Calcutta medical institutions reports 1892-1900
Year: 1892
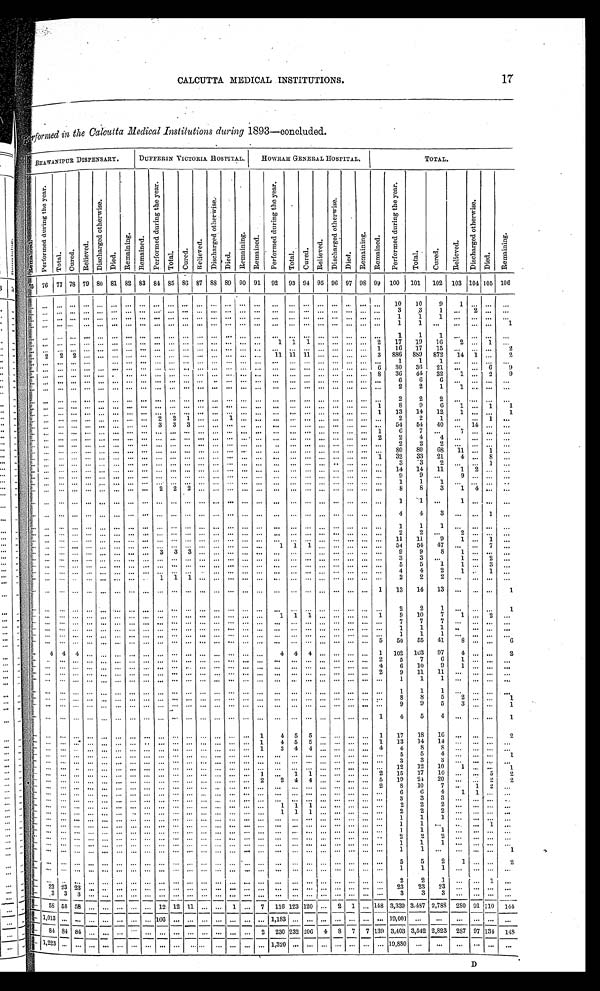
17
CALCUTTA MEDICAL INSTITUTIONS.
Performed in the Calcutta Medical Institutions during 1893—concluded.
BHAWANIPUR DISPENSARY.
DUFFERIN VICTORIA HOSPITAL.
HOWRAH GENERAL HOSPITAL.
TOTAL.
R e m a i n e d .
P e r f o r m e d d u r i n g t h e y e a r .
T o t a l . C u r e d .
R e l i e v e d .
D i s c h a r g e d o t h e r w i s e .
D i e d .
R e m a i n i n g .
R e m a i n e d .
P e r f o r m e d d u r i n g t h e y e a r .
T o t a l .
C u r e d .
R e l i e v e d .
D i s c h a r g e d o t h e r w i s e .
D i e d .
R e m a i n i n g .
R e m a i n e d .
P e r f o r m e d d u r i n g t h e y e a r .
T o t a l .
C u r e d .
Rel i eved.
Di schar ged ot her wi se.
D i e d .
Remai ni ng.
R e ma i n e d .
P e r f o r m e d d u r i n g t h e y e a r .
T o t a l .
C u r e d .
R e l i e v e d .
D i s c h a r g e d o t h e r w i s e .
D i e d .
R e m a i n i n g .
7 5 76 77 78 79 80 81 82 83 84 85 86 87 88 89 90 91
92
93 94 95 96 97 98 99 100
101
102 103 104 105 106
. . .
. . . . . .
. . .
. . .
. . . . . .
. . . . . .
. . .
. . . . . .
. . .
. . . . . . ... ...
. . .
. . . ... ... ...
. . .
... ...
10
10
9
1 ...
. . .
...
. . .
. . . . . .
. . .
. . .
. . . . . .
. . . . . .
. . . ... ...
. . .
. . . . . . ...
. . .
. . .
. . . ... ... ...
. . . ... ...
3
3
1
. . . 2
. . .
...
. . .
. . . . . .
. . .
. . .
. . . . . .
. . . . . .
. . . . . .
. . .
. . .
. . . . . .
. . .
. . .
. . .
. . . ... ... ...
. . .
... ...
1
1
1
. . .
...
. . .
...
. . .
. . . . . .
. . .
. . .
. . . . . .
. . . . . .
. . . . . .
. . .
. . .
. . . . . .
. . .
. . .
. . .
. . . ... ... ...
. . .
... ...
1
1
. . .
. . .
...
. . .
1
. . .
. . . . . .
. . .
. . .
. . . . . .
. . . . . .
. . . . . .
. . .
. . .
. . . . . .
. . .
. . .
. . .
. . . ... ... ...
. . .
... ...
1
1
1
. . .
...
. . .
...
. . .
. . . . . . ... ... ... ... ... ... ... ... ... ... ... ... ... ...
1
1
1 ... ... ... ...
2
17
19
16
2 ...
1
...
. . . ...
. . . ...
. . .
. . .
. . .
. . .
. . .
. . .
. . . . . .
. . .
. . . . . .
. . .
. . .
. . .
. . . ... ... ...
. . . ...
1
16
17
15
. . .
...
. . .
2
. . . 2
2 2 ...
. . . ... ... ... ...
. . . ... ... ... ... ... ...
11 11 11 ... ... ... ...
3
886
889
872
14 1 ...
2
. . . ... ... ... ...
. . .
. . .
. . .
. . .
. . . . . .
. . .
. . . . . .
. . .
. . .
. . .
. . .
... ... ...
. . .
... ...
1
1
1
. . .
...
. . .
...
. . . ...
. . .
. . . ... ...
. . .
. . .
. . .
. . .
. . . . . .
. . .
. . . . . .
. . .
. . .
. . .
. . .
... ... ...
. . .
...
6
30
36
21
...
...
6
9
. . .
. . .
. . .
. . .
...
...
. . .
...
. . .
...
...
. . .
. . .
...
...
. . .
. . .
. . .
. . .
...
...
. . .
. . .
...
8
36
44
32
1 ...
2
9
. . .
. . .
. . . . . .
. . .
. . . . . .
. . . . . .
. . .
. . . . . .
. . .
. . .
. . . . . .
. . .
. . .
. . . ... ...
...
. . . ... ...
6
6
6
...
...
. . .
...
. . .
. . .
. . .
. . .
. . .
. . .
. . .
. . . ... ...
. . . . . .
. . .
. . .
. . . . . .
. . .
. . .
. . . ... ...
...
. . . ... ...
2
2
1
1 ...
. . .
...
. . .
. . .
. . .
. . .
. . .
. . .
. . .
. . .
. . .
. . .
. . . . . .
. . .
. . .
. . . . . .
. . .
. . .
. . . ... ...
...
. . . ... ...
2
2
2
... ... ...
...
. . .
. . .
. . .
. . . ...
. . .
. . .
. . .
. . .
. . .
. . . ...
. . .
. . .
. . .
. . .
. . .
. . .
. . .
...
...
. . .
. . .
...
1
8
9
6
1 ...
1
1
. . .
. . .
. . .
. . .
. . .
. . .
. . .
. . .
. . .
. . .
. . .
. . .
. . .
. . .
. . .
. . .
. . .
. . .
. . . ... ...
...
. . . ...
1
13
14
12
1 ... ...
1
. . .
. . .
. . .
. . .
. . .
. . .
. . .
. . .
. . .
2
2
1
. . .
. . .
1
. . .
. . .
. . .
. . . ... ...
...
. . . ... ...
2
2
1
...
...
1
...
...
. . . ...
. . . ... ... ... ... ...
3
3
3
. . .
. . .
. . .
. . .
. . .
. . .
. . . ... ...
...
. . . ... ...
54
54
40
. . . 14
. . .
...
. . . . . .
. . .
. . .
. . . ...
. . .
. . .
. . .
. . .
. . .
. . .
. . .
. . .
. . .
. . . ...
...
...
... ... ...
. . . ...
1
6
7
. . .
7 ...
. . .
...
. . .
. . . . . .
. . . ...
. . .
. . .
. . .
. . .
. . .
. . .
. . .
. . .
. . .
. . .
. . .
. . .
. . .
. . .
... ...
...
. . . ... 2
2
4
4
. . .
... ...
...
. . .
. . .
. . .
. . . ... ...
. . .
. . .
. . .
. . .
. . .
. . .
. . .
. . .
. . .
. . . ...
. . .
. . . ... ...
. . .
. . . ... ...
2
2
2
. . . ...
. . .
...
. . . . . . ...
. . .
. . .
. . .
. . .
. . .
. . .
. . . ... ... ... ...
. . . . . .
. . .
. . .
. . . ... ...
. . . ... ...
...
80
80
68
11 ...
1
...
. . .
. . .
. . .
. . .
. . .
. . .
. . .
. . .
. . .
. . .
. . .
. . .
. . .
. . .
. . . . . .
. . .
. . .
. . .
... ...
...
. . .
...
1
32
33
21
4 ...
8
...
. . .
. . .
. . . ... ... ... ... ... ... ... ... ... ... ... ... ... ...
. . . ... ... ...
. . . ... ...
...
3
3
2
. . .
...
1
...
. . .
. . .
. . . ... ... ...
. . . ...
. . . ...
. . . ... ...
. . .
. . .
. . .
. . . ...
... ... ... ...
. . . ... ...
14
14
11
1
2 ...
...
...
. . .
. . .
. . .
. . .
. . .
. . .
. . .
. . . ...
. . . ... ... ...
. . . ...
. . .
. . .
...
... ... ... ... ... ...
9
9
...
9 ...
. . .
...
. . . ... ...
. . . ...
. . . ... ...
. . .
. . .
. . .
. . .
. . . ... ... ... ...
...
... ... ...
... ... ... ...
1
1
1
. . .
...
. . .
...
. . . ...
. . .
. . .
. . .
. . .
. . .
. . .
. . .
2
2
2
. . .
. . .
. . .
. . .
. . .
. . .
. . .
... ...
...
. . .
... ...
8
8
3
1
4
. . . ...
. . .
. . .
. . .
. . .
. . .
. . .
. . .
. . .
. . .
. . .
. . .
. . .
. . .
. . .
. . .
. . .
. . .
. . .
. . .
... ...
...
. . .
... ...
1
1
...
1 ...
. . .
...
. . .
. . . ... ... ... ... ...
. . .
. . .
. . .
. . . ... ... ...
. . . ...
. . . ...
... ... ... ... ... ... ...
4
4
3 ...
...
1 ...
. . .
. . .
. . .
. . .
. . .
. . .
. . .
. . .
. . .
. . .
. . .
. . .
. . .
. . .
. . .
. . .
. . .
. . .
. . .
... ...
...
. . .
... ...
1
1
1
...
... ...
...
. . .
. . .
. . .
. . .
. . .
. . .
. . .
. . .
. . .
. . .
. . .
. . .
. . .
. . .
. . .
. . .
. . .
. . .
. . .
... ...
...
. . .
... ...
2
2 ...
2 ...
. . .
...
. . .
...
. . .
. . . . . .
. . .
. . .
. . .
. . .
. . .
. . .
. . .
. . .
. . .
. . .
. . .
. . .
. . .
. . . ... ...
. . .
. . . ... ...
1 1
11
9
1 ...
1
...
. . .
. . .
. . .
. . .
. . .
. . .
. . .
. . .
. . .
. . .
. . .
. . .
. . .
. . .
. . .
. . .
. . .
1
1
1 ... ... ... ... ...
54
54
47
. . .
...
7
...
. . .
. . .
. . .
. . .
. . . ... ...
. . . ...
3
3
3
. . .
. . .
. . .
. . .
. . .
. . .
. . .
... ...
...
. . .
... ...
9
9
8
1 ...
. . .
...
. . . ... ...
. . . ... ... ... ... ...
...
... ... ... ...
. . . ... ...
...
... ... ... ... ... ... ...
3
3
...
1 ...
2
...
. . .
. . .
. . .
. . .
. . .
. . . ... ...
. . . ... ... ... ...
. . . ••• •••
••.
. . .
...
...
...
•••
•••
•••
•••
5
5
1
1 ...
3
...
. . .
. . .
. . . ...
. . . ... ...
. . . ...
... ...
. . .
. . . ... ...
. . .
. . . ... ... ... ...
. . .
. . . ... ...
4
4
2
1 ...
1
...
. . . ... ... ... ... ... ... ...
. . . 1
1
1 ... ... ... ... ...
. . .
. . . ... ...
. . .
. . . ... ...
2
2
2
. . .
...
. . .
...
. . .
. . .
. . .
. . .
. . .
. . .
. . .
. . .
. . .
. . .
. . .
. . .
. . .
. . .
. . .
. . .
. . .
. . .
. . .
... ...
...
. . .
... 1
1 3
1 4
1 3
. . . ... ...
1
. . .
. . .
. . . ... ... ...
. . .
. . .
. . .
. . .
. . .
. . .
. . .
. . .
. . .
. . .
. . .
. . .
. . .
... ...
... ... ... ...
2
2
1
...
... ...
1
. . .
. . . ... ... ... ... ... ... ... ...
. . . ... ...
. . .
. . .
. . .
. . .
1
1 1 ...
...
. . .
... 1
9
10
7
1 ...
2
...
. . . ... ... ...
. . .
. . .
. . .
. . .
. . .
. . .
. . .
. . .
. . .
. . .
. . .
. . .
. . . ...
... ... ...
. . .
. . . ... ...
7
7
7
. . . ...
. . .
...
. . .
. . . ... ... ... ... ... ... ... ... ... ... ... ... ... ... ...
...
... ... ... ... ... ... ...
1
1
1
. . .
...
. . .
...
. . .
. . . ... ... ...
. . .
. . . ... ... ...
. . . ... ... ... ... ... ...
...
... ... ... ... ... ... ...
1
1
1
...
...
. . .
...
. . .
. . . ... ...
. . . ... ... ... ... ...
. . .
. . . ... ... ... ...
. . .
. . .
... ... ... ...
. . . ...
5
50
55
41
8 ...
. . .
6
. . .
4
4
4
. . .
. . .
. . .
. . .
. . .
. . .
. . .
. . .
. . .
. . .
. . .
. . .
. . .
4 4
4 ... ... ... ...
1
102
103
97
4 ...
. . .
2
. . .
. . .
. . .
. . .
. . .
. . .
. . .
. . .
. . .
. . .
. . .
. . .
. . .
. . .
. . .
. . .
. . .
. . .
. . .
... ...
...
. . .
...
2
5
7
6
1 ...
. . .
. . .
. . . ... ...
. . .
. . . ... ...
. . .
. . .
. . .
. . .
. . . ... ...
. . . ... ...
...
... ... ... ... ... ...
4
6
10
9
1 ...
. . .
. . .
. . . ...
. . .
. . .
. . .
. . .
. . .
. . .
. . .
. . .
. . .
. . .
. . .
. . .
. . .
. . .
. . .
. . .
. . .
... ...
... ... ...
2
9
11
11
...
... ...
...
. . . ...
. . .
. . . ...
. . . ...
. . . ... ...
. . .
. . .
. . .
. . .
. . .
. . .
. . .
. . .
. . . ... ... ... ... ... ...
1
1
1
. . .
... ...
...
. . . ... ... ...
. . .
. . . ... ... ...
... ...
. . . ... ... ...
. . . ...
. . .
... ... ...
. . . ... ... ...
1
1
1 ... ...
. . .
...
...
. . .
. . .
. . .
. . .
. . .
. . .
. . .
. . .
. . .
. . .
. . .
. . .
. . .
. . .
. . .
. . .
. . .
. . .
... ...
...
. . .
... ...
8
8
5
2 ...
...
1
. . . ...
. . .
. . .
. . . ... ... ... ... ...
. . . ... ... ...
. . . ... ...
...
... ... ...
. . . ... ... ...
9
9
5
3 ...
. . .
1
. . .
. . .
. . .
. . .
. . .
. . .
. . .
. . .
. . .
. . .
. . .
. . .
. . .
. . .
. . .
. . . ...
...
... ...
...
. . .
. . . ...
1
4
5
4
...
...
. . .
1
. . .
. . .
. . .
. . .
. . .
. . .
. . .
. . .
. . .
. . .
. . .
. . .
. . .
. . .
. . .
. . .
1
4 5
5 ... ... ... ...
1
17
18
16
. . .
... ...
2
. . .
. . .
. . .
. . .
. . .
. . .
. . .
. . .
. . .
. . .
. . .
. . .
. . .
. . .
. . .
. . .
1
4 5
5 ... ... ... ...
1
13
14
1 4 ... ...
. . .
...
. . .
. . .
. . .
. . . ... ... ... ... ... ... ...
. . . ... ...
. . .
. . . 1
3 4
4 ... ... ... ...
4
4
8
8
. . .
...
. . .
...
...
. . .
. . . ...
. . .
. . .
. . . ...
. . . ...
. . .
. . .
. . . ... ... ... ...
...
... ... ... ... ... ... ...
5
5
4
...
...
. . .
1
...
...
. . . ...
...
...
...
. . .
...
. . .
...
...
...
...
...
...
...
. . .
...
...
...
. . .
...
...
...
3
3
3
. . . ...
. . .
. . .
. . . ... ... ...
. . .
...
...
. . .
. . .
. . .
. . .
. . .
. . .
. . .
. . .
. . .
. . . ...
. . . ...
. . .
. . .
. . . ... ...
12
12
10
1 ...
...
1
. . .
. . .
. . .
. . .
. . .
. . .
. . .
. . .
. . .
. . .
. . .
. . .
. . .
. . .
. . .
. . .
1
. . .
1 1
. . . ...
. . .
... 2
1 5
1 7
1 0
. . .
...
5
2
. . .
. . . ...
. . . ... ... ... ... ... ...
. . . ... ... ... ... ...
2
2 4
4 ... ...
. . .
...
5
19
2 4
2 0 . . .
...
2
2
. . . ... ...
. . . ...
. . . ...
. . . ... ...
. . . ... ...
. . .
. . .
. . .
. . .
. . .
. . .
... ...
...
. . .
... 2
8
10
7
. . .
1 2
...
. . .
. . .
. . .
. . . ...
. . .
. . .
. . .
. . .
. . . ... ...
. . .
...
... ... ...
. . .
. . . ... ...
. . .
. . . ... ...
6
6
4
1 1
. . .
. . .
...
. . .
. . .
. . .
. . .
. . .
. . .
. . .
. . .
. . .
. . .
. . .
. . .
. . .
. . .
. . .
. . .
. . .
...
...
...
...
...
...
...
3
3
3
. . . ...
. . .
. . .
. . .
. . .
. . .
. . .
. . .
. . .
. . .
. . .
. . .
. . .
. . .
. . .
. . .
. . .
. . .
. . .
. . .
1
1 1 ...
...
. . .
... ...
2
2
2
. . . ...
. . .
. . .
. . .
. . .
. . .
. . .
. . .
. . .
. . .
. . .
. . .
. . .
. . .
. . .
. . .
. . .
. . .
. . .
. . .
1
1
1 ... ... ... ...
...
2
2
2
. . . ...
. . .
. . .
. . .
. . .
. . . ...
. . . ... ... ... ...
. . .
. . . ... ... ...
. . .
. . . ... ...
... ...
...
. . .
...
...
...
1
1
1
...
... ...
...
. . .
. . .
. . . ...
. . . ...
...
...
...
...
. . . ...
...
...
...
... ...
...
...
...
...
. . . ... ...
...
1
1
. . .
. . . ...
1
. . .
. . .
. . .
. . .
. . .
. . . ...
. . .
. . .
. . .
. . .
. . .
. . .
. . .
. . .
. . .
. . .
. . .
. . .
. . . ... ... ...
. . . ... ...
1
1
1
. . .
...
. . .
. . .
. . . ... ...
. . .
. . .
. . .
. . .
. . .
. . .
. . .
. . .
. . .
. . .
. . .
. . .
. . .
. . .
. . .
. . . ... ...
... ... ...
...
2
2
2
. . .
...
. . .
. . .
. . .
. . .
. . .
. . . ... ... ... ... ... ...
. . .
. . .
. . . ... ... ... ...
...
... ... ...
. . . ... ... ...
1
1
1
... ...
...
...
. . .
. . .
. . .
. . .
. . .
. . .
. . .
. . .
. . .
. . .
. . .
. . .
. . .
. . .
. . .
. . .
. . .
. . .
. . .
... ...
...
. . .
... ...
1
1
...
...
... ...
1
. . .
. . . ...
. . .
. . .
. . .
. . . ... ... ... ... ...
. . .
. . . ... ...
. . . ...
. . . ... ...
. . .
. . . ... ...
5
5
2
1 ...
. . .
2
. . .
. . . ... ... ... ... ... ... ...
...
. . .
. . .
. . .
. . .
. . .
. . .
. . .
. . .
. . .
... ...
...
. . .
... ...
1
1
1
...
... ...
...
. . .
. . .
. . .
. . .
. . .
. . .
. . .
. . .
. . .
. . .
. . .
. . .
. . .
. . .
. . . ... ...
...
... ... ... ... ... ... ...
2
2
1
. . . ...
1
. . .
. . .
2 3
2 3
2 3
. . . ... ... ... ... ... ... ... ... ... ... ... ...
...
... ... ... ... ... ... ...
23
23
23 ...
... ...
...
. . .
3
3
3
. . .
. . .
. . .
. . .
. . .
. . .
. . .
. . .
. . .
. . .
. . .
. . .
. . .
. . .
. . . ... ... ...
. . . ... ...
3
3
3
. . . ...
. . .
. . .
. . .
58 58 58
. . .
. . . ... ... ... 12 12
1 1 ... ...
1 ...
7
116 123 120 ...
2 1 ... 148 3,339 3.487 2,788 280 91 110 1 4 4
. . . 1,013 ... ...
. . .
. . . ... ... ... 166 ... ... ... ... ... ... ... 1,183 ... ... ... ... ... ... ... 19,001 ...
...
...
... ...
. . .
. . .
84 84 84
. . . ...
. . .
. . . ... ... ... ... ... ... ... ...
2 230 232 206 4 8
7
7 139 3,403 3,542 2,823 287 97 134 1 4 8
. . . 1,223 ...
. . .
. . .
. . .
. . .
. . .
. . .
. . .
. . .
. . .
. . .
. . .
. . .
. . .
. . .
1 , 3 2 0
. . .
... ... ...
. . .
... ...
1 9 , 8 8 0
. . .
. . .
. . .
...
. . .
...